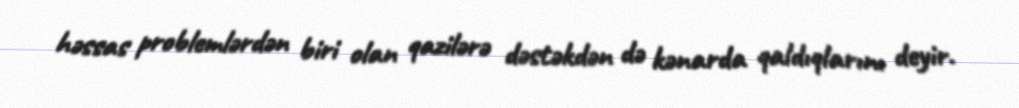
həssas problemlərdən biri olan qazilərə dəstəkdən də kənarda qaldıqlarını deyir.